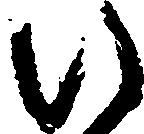
い